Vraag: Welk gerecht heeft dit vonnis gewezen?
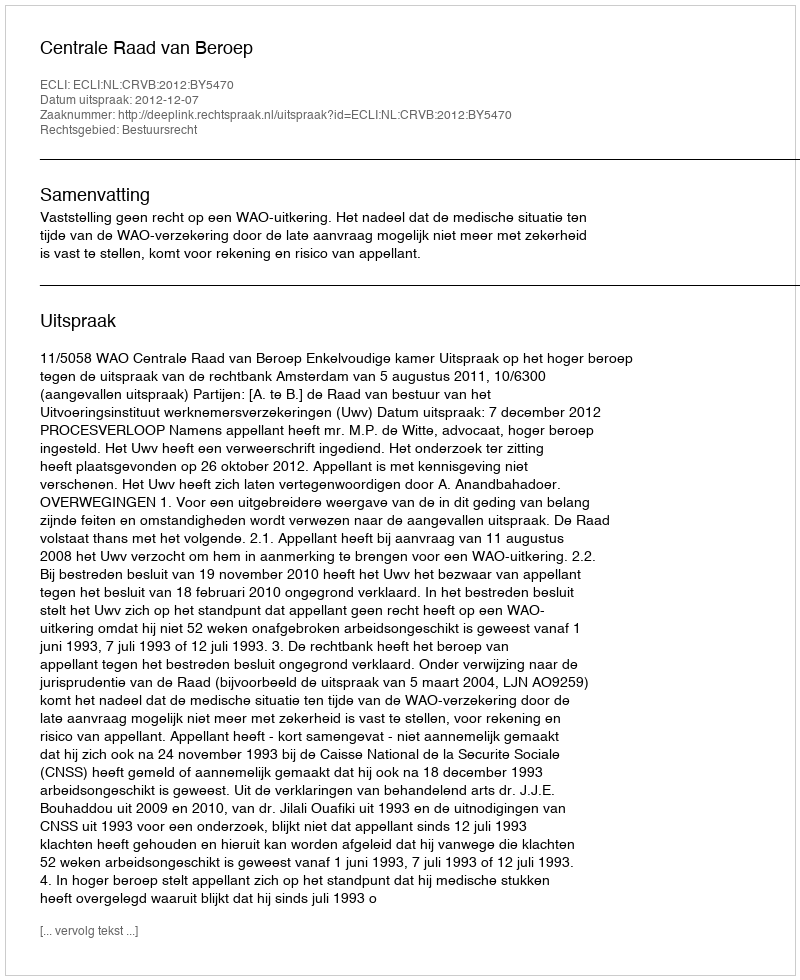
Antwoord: Centrale Raad van Beroep